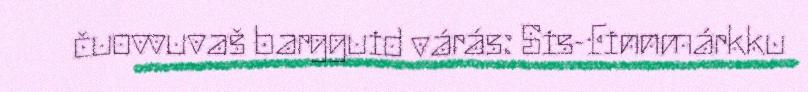
čuovvuvaš bargguid várás: Sis-Finnmárkku